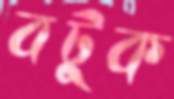
বটুক